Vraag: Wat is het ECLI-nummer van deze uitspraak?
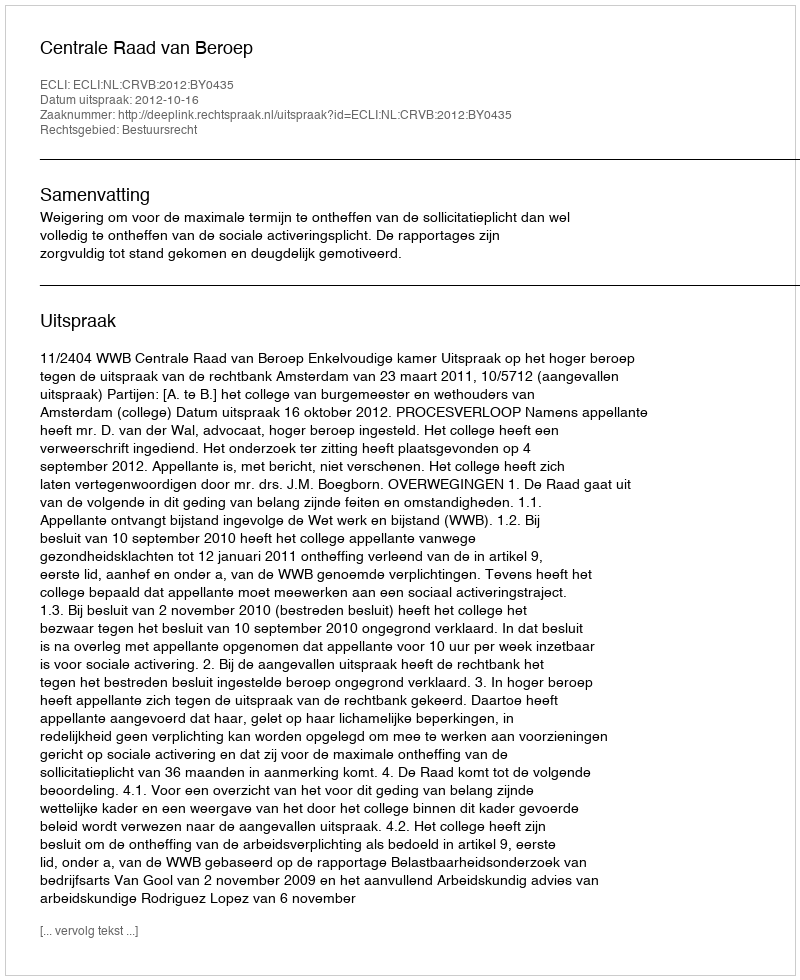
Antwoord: ECLI:NL:CRVB:2012:BY0435